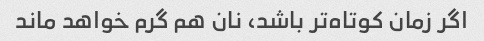
اگر زمان کوتاه‌تر باشد، نان هم گرم خواهد ماند